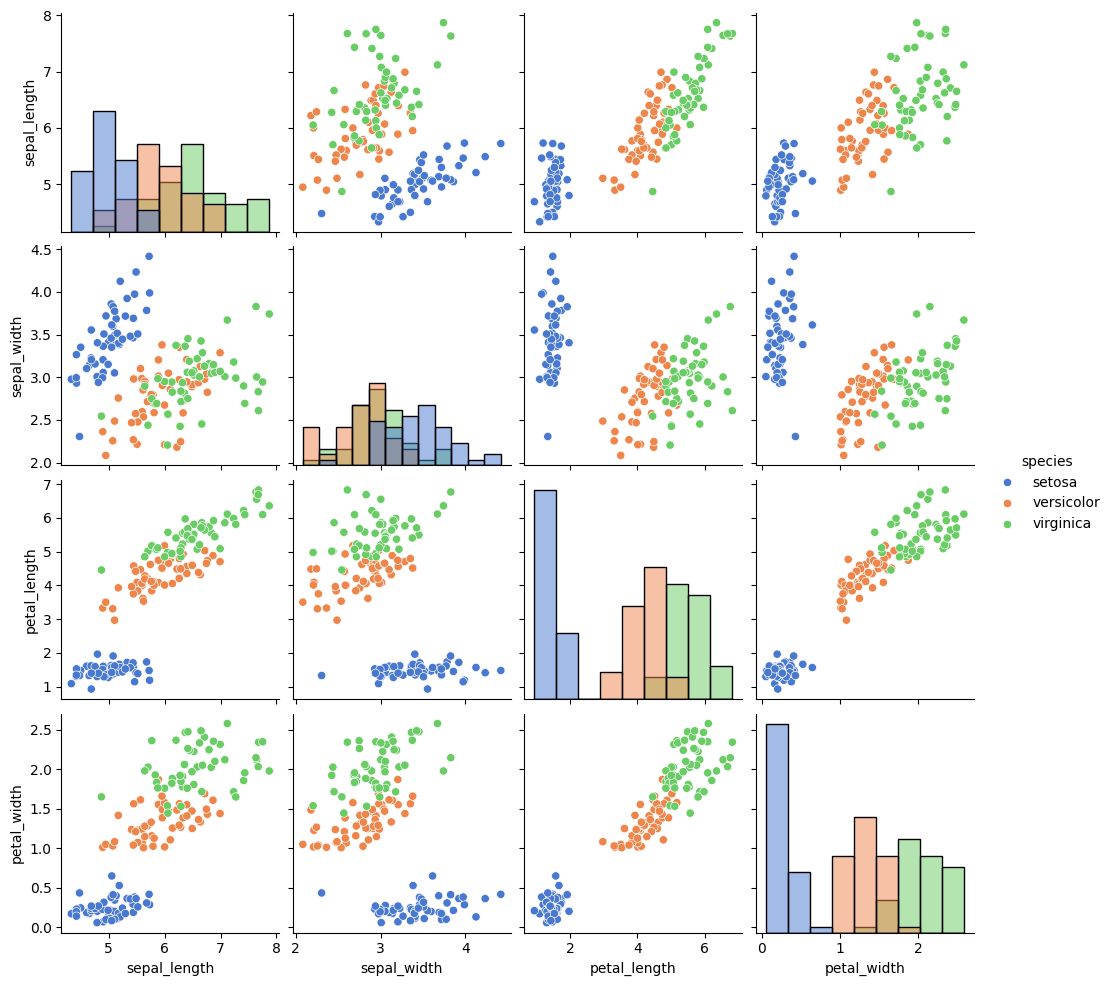
python, seaborn, pairplot, palette='muted', markers=['o'], kind='scatter', diag_kind='hist'